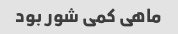
ماهی کمی شور بود